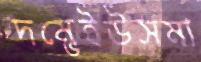
দম্ভেইউসমা